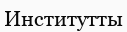
Институтты